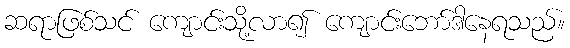
ဆရာဖြစ်သင် ကျောင်းသို့လာ၍ ကျောင်းဘော်ဒါနေရသည်။